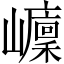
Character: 𡾭